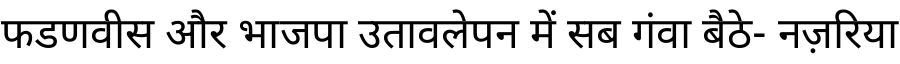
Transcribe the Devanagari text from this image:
फडणवीस और भाजपा उतावलेपन में सब गंवा बैठे- नज़रिया